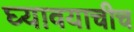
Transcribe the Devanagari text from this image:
घ्यावयाचीच